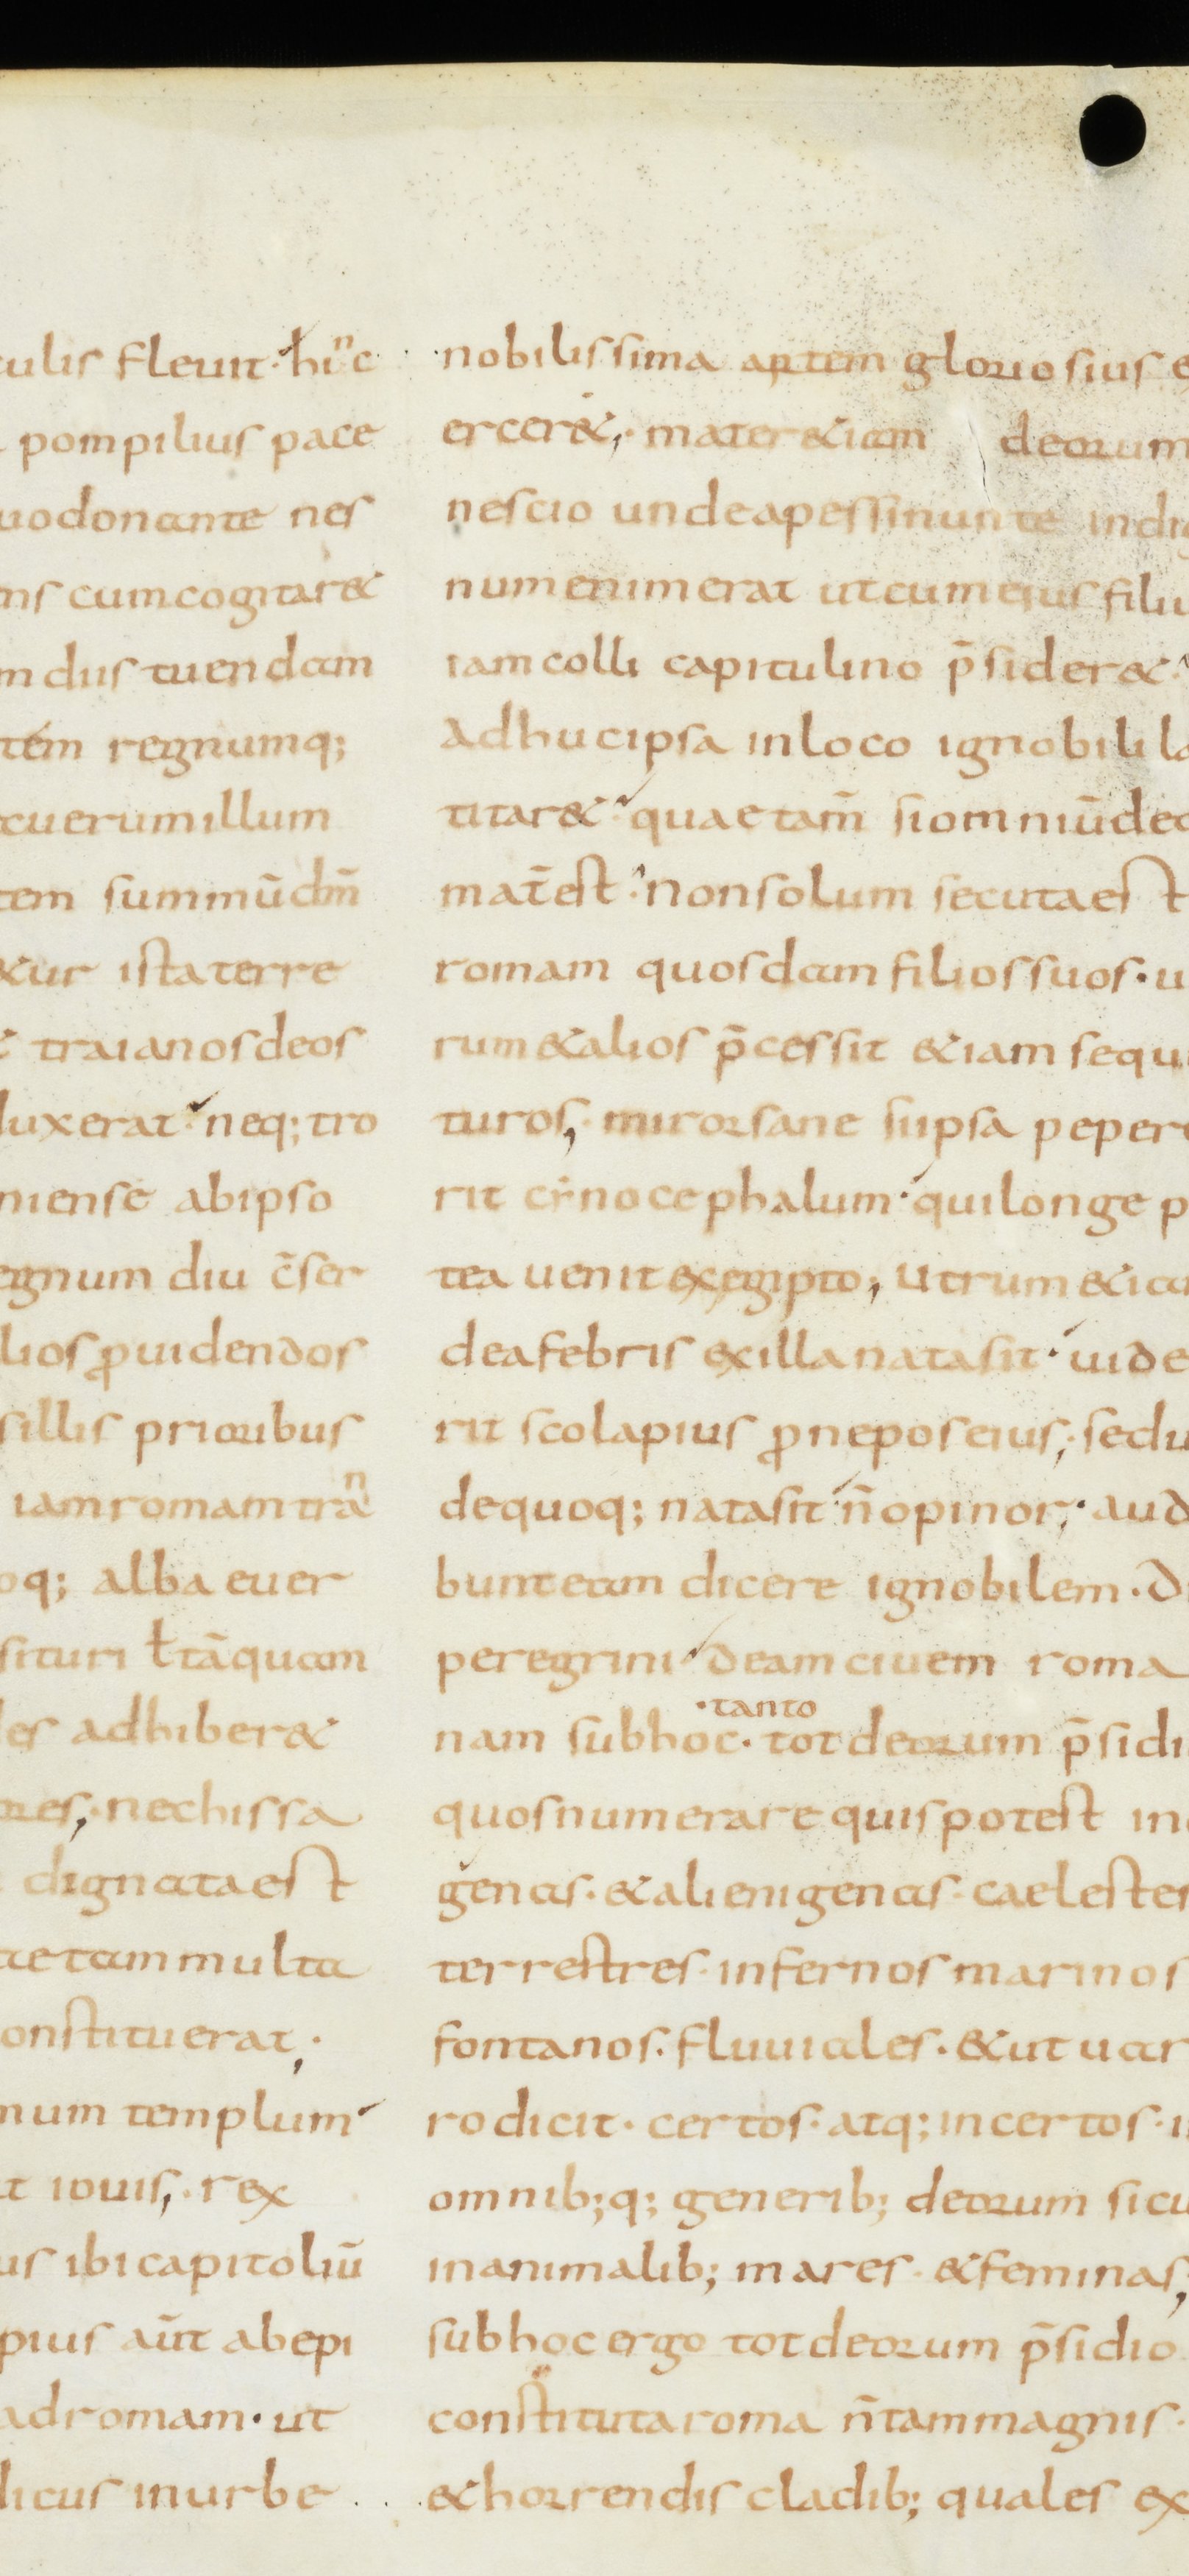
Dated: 800–899